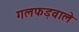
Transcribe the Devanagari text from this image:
गलफड़वाले